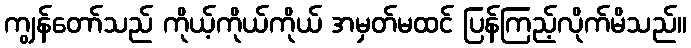
ကျွန်တော်သည် ကိုယ့်ကိုယ်ကိုယ် အမှတ်မထင် ပြန်ကြည့်လိုက်မိသည်။